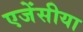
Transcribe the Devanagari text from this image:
एजेंसीया